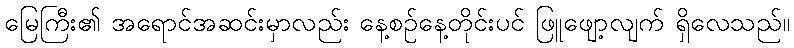
မြေကြီး၏ အရောင်အဆင်းမှာလည်း နေ့စဉ်နေ့တိုင်းပင် ဖြူဖျော့လျက် ရှိလေသည်။